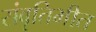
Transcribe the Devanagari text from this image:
संवृतिभीत